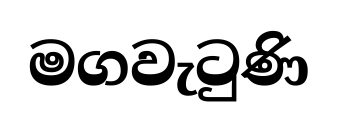
මගවැටුණි